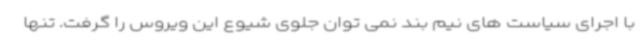
با اجرای سیاست های نیم بند نمی توان جلوی شیوع این ویروس را گرفت. تنها